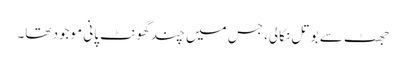
جھٹ سے بوتل نکالی، جس میں چند گھونٹ پانی موجود تھا۔